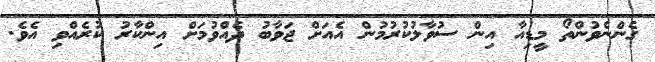
ގެންނެވުންތޯ މީޑިއާ އިން ސުވާލުކުރުމުން އެއަށް ޖަވާބު ދެއްވުމަށް އިންކާރު ކުރެއްވި އެވެ.